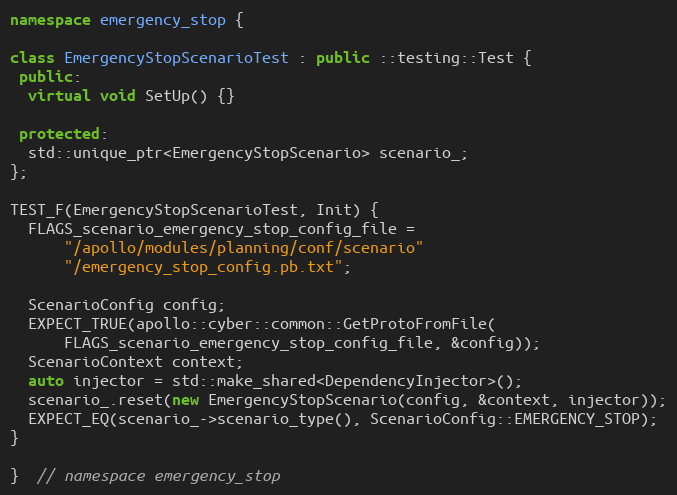
Language: C++
namespace emergency_stop {

class EmergencyStopScenarioTest : public ::testing::Test {
 public:
  virtual void SetUp() {}

 protected:
  std::unique_ptr<EmergencyStopScenario> scenario_;
};

TEST_F(EmergencyStopScenarioTest, Init) {
  FLAGS_scenario_emergency_stop_config_file =
      "/apollo/modules/planning/conf/scenario"
      "/emergency_stop_config.pb.txt";

  ScenarioConfig config;
  EXPECT_TRUE(apollo::cyber::common::GetProtoFromFile(
      FLAGS_scenario_emergency_stop_config_file, &config));
  ScenarioContext context;
  auto injector = std::make_shared<DependencyInjector>();
  scenario_.reset(new EmergencyStopScenario(config, &context, injector));
  EXPECT_EQ(scenario_->scenario_type(), ScenarioConfig::EMERGENCY_STOP);
}

}  // namespace emergency_stop